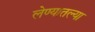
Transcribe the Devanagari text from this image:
लेण्यातल्या